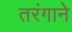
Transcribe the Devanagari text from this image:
तरंगाने